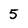
Character: 5